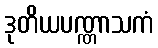
ဒုတိယပဏ္ဏာသကံ